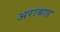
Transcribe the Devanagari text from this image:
अराबाह